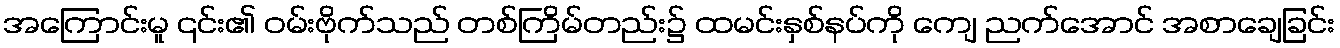
အကြောင်းမူ ၎င်း၏ ဝမ်းဗိုက်သည် တစ်ကြိမ်တည်း၌ ထမင်းနှစ်နပ်ကို ကျေ ညက်အောင် အစာချေခြင်း